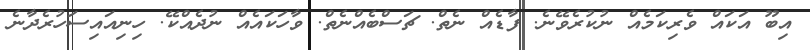
އިބޫ އަކައް ވެރިކަމެއް ނުކުރެވޭނެ. ފާޑެއް ނެތް. ޗަސްބެއްނެތް. ވާހަކައެެއް ނުދެއްކޭ. ހިނިއައިސަހުރެދާނެ